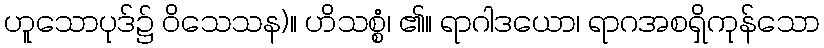
ဟူသောပုဒ်၌ ဝိသေသန)။ ဟိသစ္စံ၊ ၏။ ရာဂါဒယော၊ ရာဂအစရှိကုန်သော